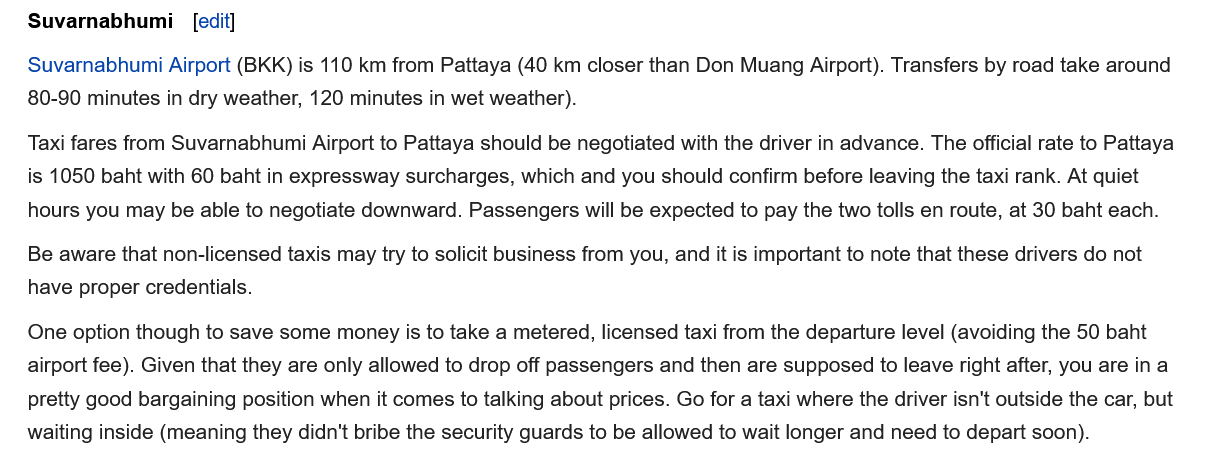
Suvarnabhumi
   Suvarnabhumi Airport (BKK) is 110 km from Pattaya (40 km closer than Don Muang Airport). Transfers by road take around
   80-90 minutes in dry weather, 120 minutes in wet weather).
   Taxi fares from Suvarnabhumi Airport to Pattaya should be negotiated with the driver in advance. The official rate to Pattaya
   is 1050 baht with 60 baht in expressway surcharges, which and you should confirm before leaving the taxi rank. At quiet
   hours you may be able to negotiate downward. Passengers will be expected to pay the two tolls en route, at 30 baht each.
   Be aware that non-licensed taxis may try to solicit business from you, and it is important to note that these drivers do not
   have proper credentials.
   One option though to save some money is to take a metered, licensed taxi from the departure level (avoiding the 50 baht
   airport fee). Given that they are only allowed to drop off passengers and then are supposed to leave right after, you are in a
   pretty good bargaining position when it comes to talking about prices. Go for a taxi where the driver isn't outside the car, but
   waiting inside (meaning they didn't bribe the security guards to be allowed to wait longer and need to depart soon).